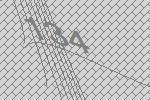
134